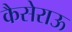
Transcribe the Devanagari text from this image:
कैसेराऊ